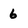
Character: 6